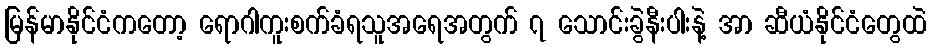
မြန်မာနိုင်ငံကတော့ ရောဂါကူးစက်ခံရသူအရေအတွက် ၇ သောင်းခွဲနီးပါးနဲ့ အာ ဆီယံနိုင်ငံတွေထဲ